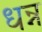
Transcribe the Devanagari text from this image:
धन्न